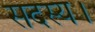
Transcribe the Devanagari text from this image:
सदस्‍य।